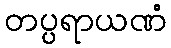
တပ္ပရာယဏံ